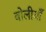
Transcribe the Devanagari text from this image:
बोलीयाँ